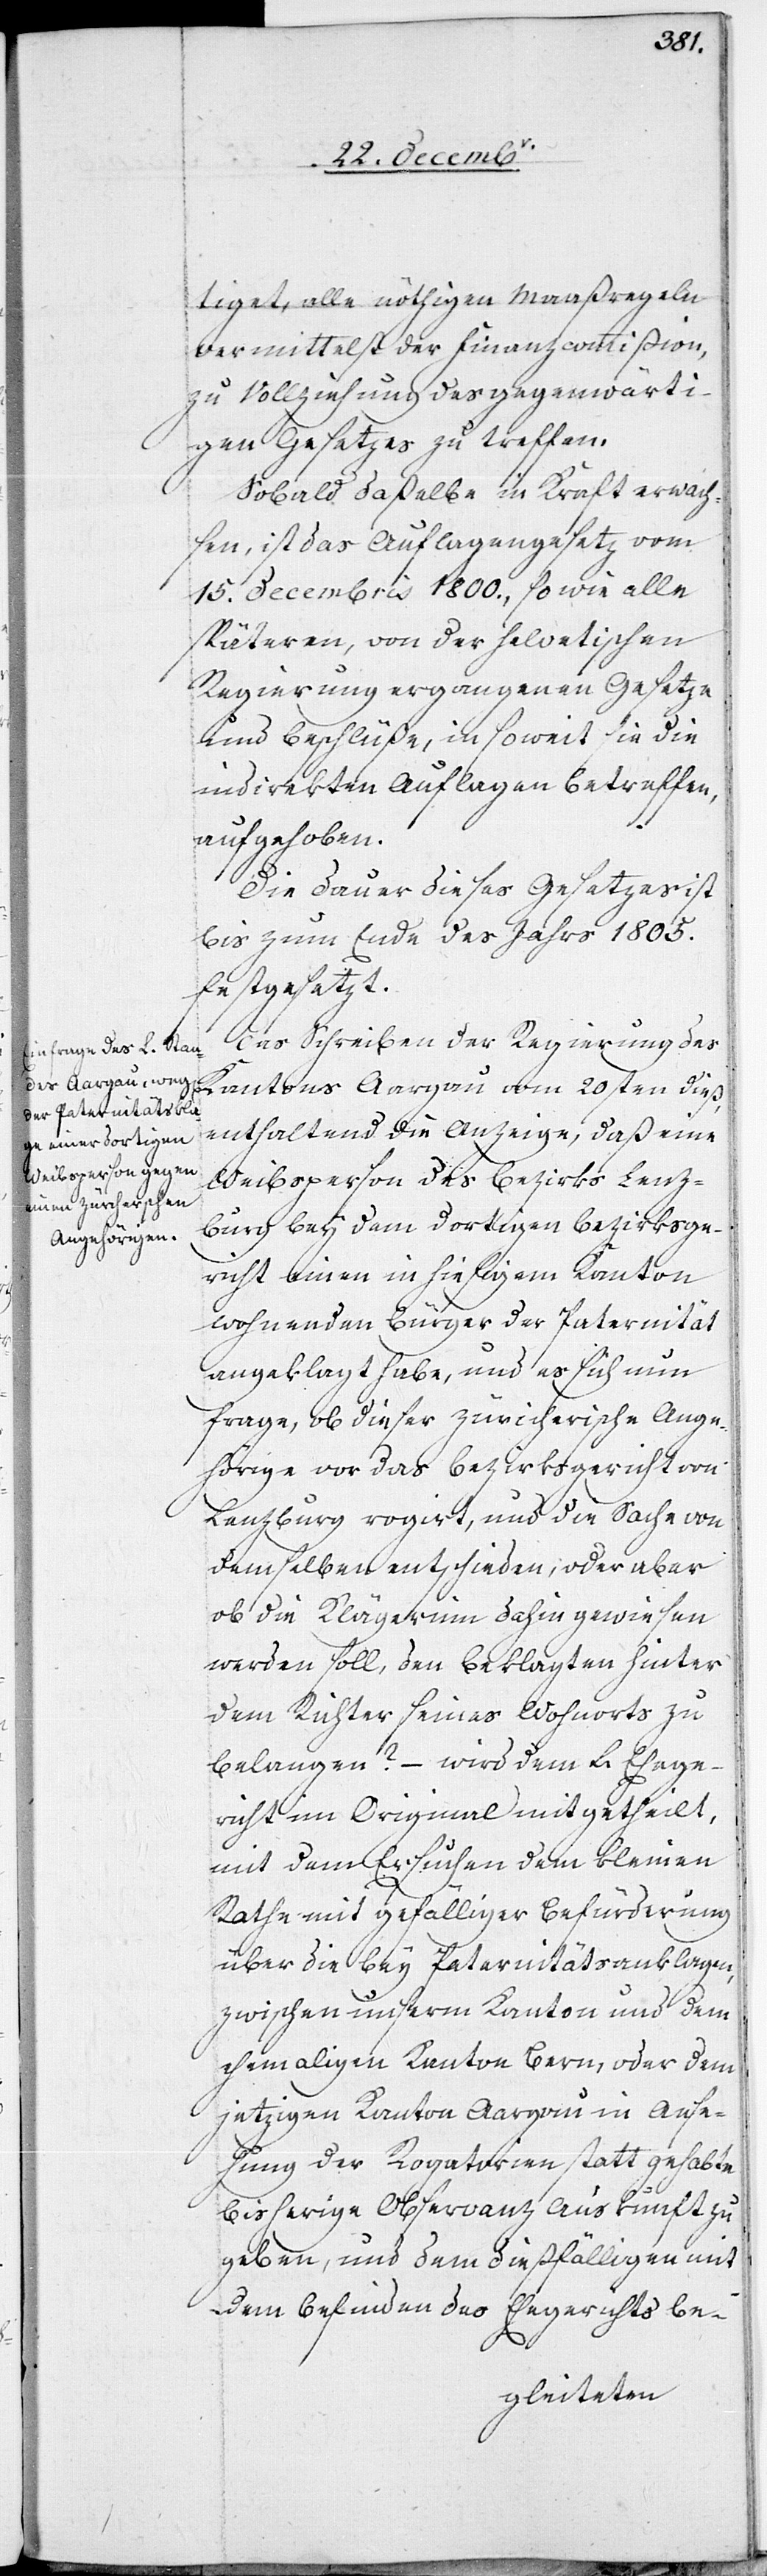
tiget, alle nöthigen Maaßregeln
vermittelst der Finanzcommißion,
zu Vollziehung des gegenwärti¬
gen Gesetzes zu treffen.
Sobald daßelbe in Kraft erwach¬
sen, ist das Auflagengesetz vom
15. Decembris 1800., so wie alle
späteren, von der helvetischen
Regierung ergangenen Gesetze
und Beschlüßen, in so weit sie die
indirekten Auflagen betreffen,
aufgehoben.
Die Dauer dieses Gesetzes ist
bis zum Ende des Jahrs 1805.
festgesetzt.
Das Schreiben der Regierung de¬
s Kantons Aargau vom 20sten dieß,
enthaltend die Anzeige, daß eine
Weibsperson des Bezirks Lenz¬
burg bey dem dortigen Bezirksge¬
richt einen in hiesigem Kanton
wohnenden Bürger der Paternität
angeklagt habe, und es sich nun
frage, ob dieser züricherische Ange¬
hörige vor das Bezirksgericht von
Lenzburg rogirt, und die Sache von
demselben entschieden, oder aber
ob die Klägerinn dahin gewiesen
werden soll, den Beklagten hinter
dem Richter seines Wohnorts zu
belangen? – wird dem L. Ehege¬
richt im Original mitgetheilt,
mit dem Ersuchen, dem kleinen
Rathe mit gefälliger Befürderung
über die bey Paternitätsanklagen,
zwischen unserm Kanton und dem
ehemahligen Kanton Bern, oder dem
jetzigen Kanton Aargau in Anse¬
hung der Rogatorien statt gehabte
bisherige Observanz Auskunft zu
geben, und dem dießfälligen mit
dem Befinden des Ehegerichts be-